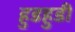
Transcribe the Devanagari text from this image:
हुडहुडी